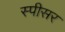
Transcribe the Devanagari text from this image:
स्पीसर